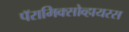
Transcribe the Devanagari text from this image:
पॅरामिक्सोव्हायरस